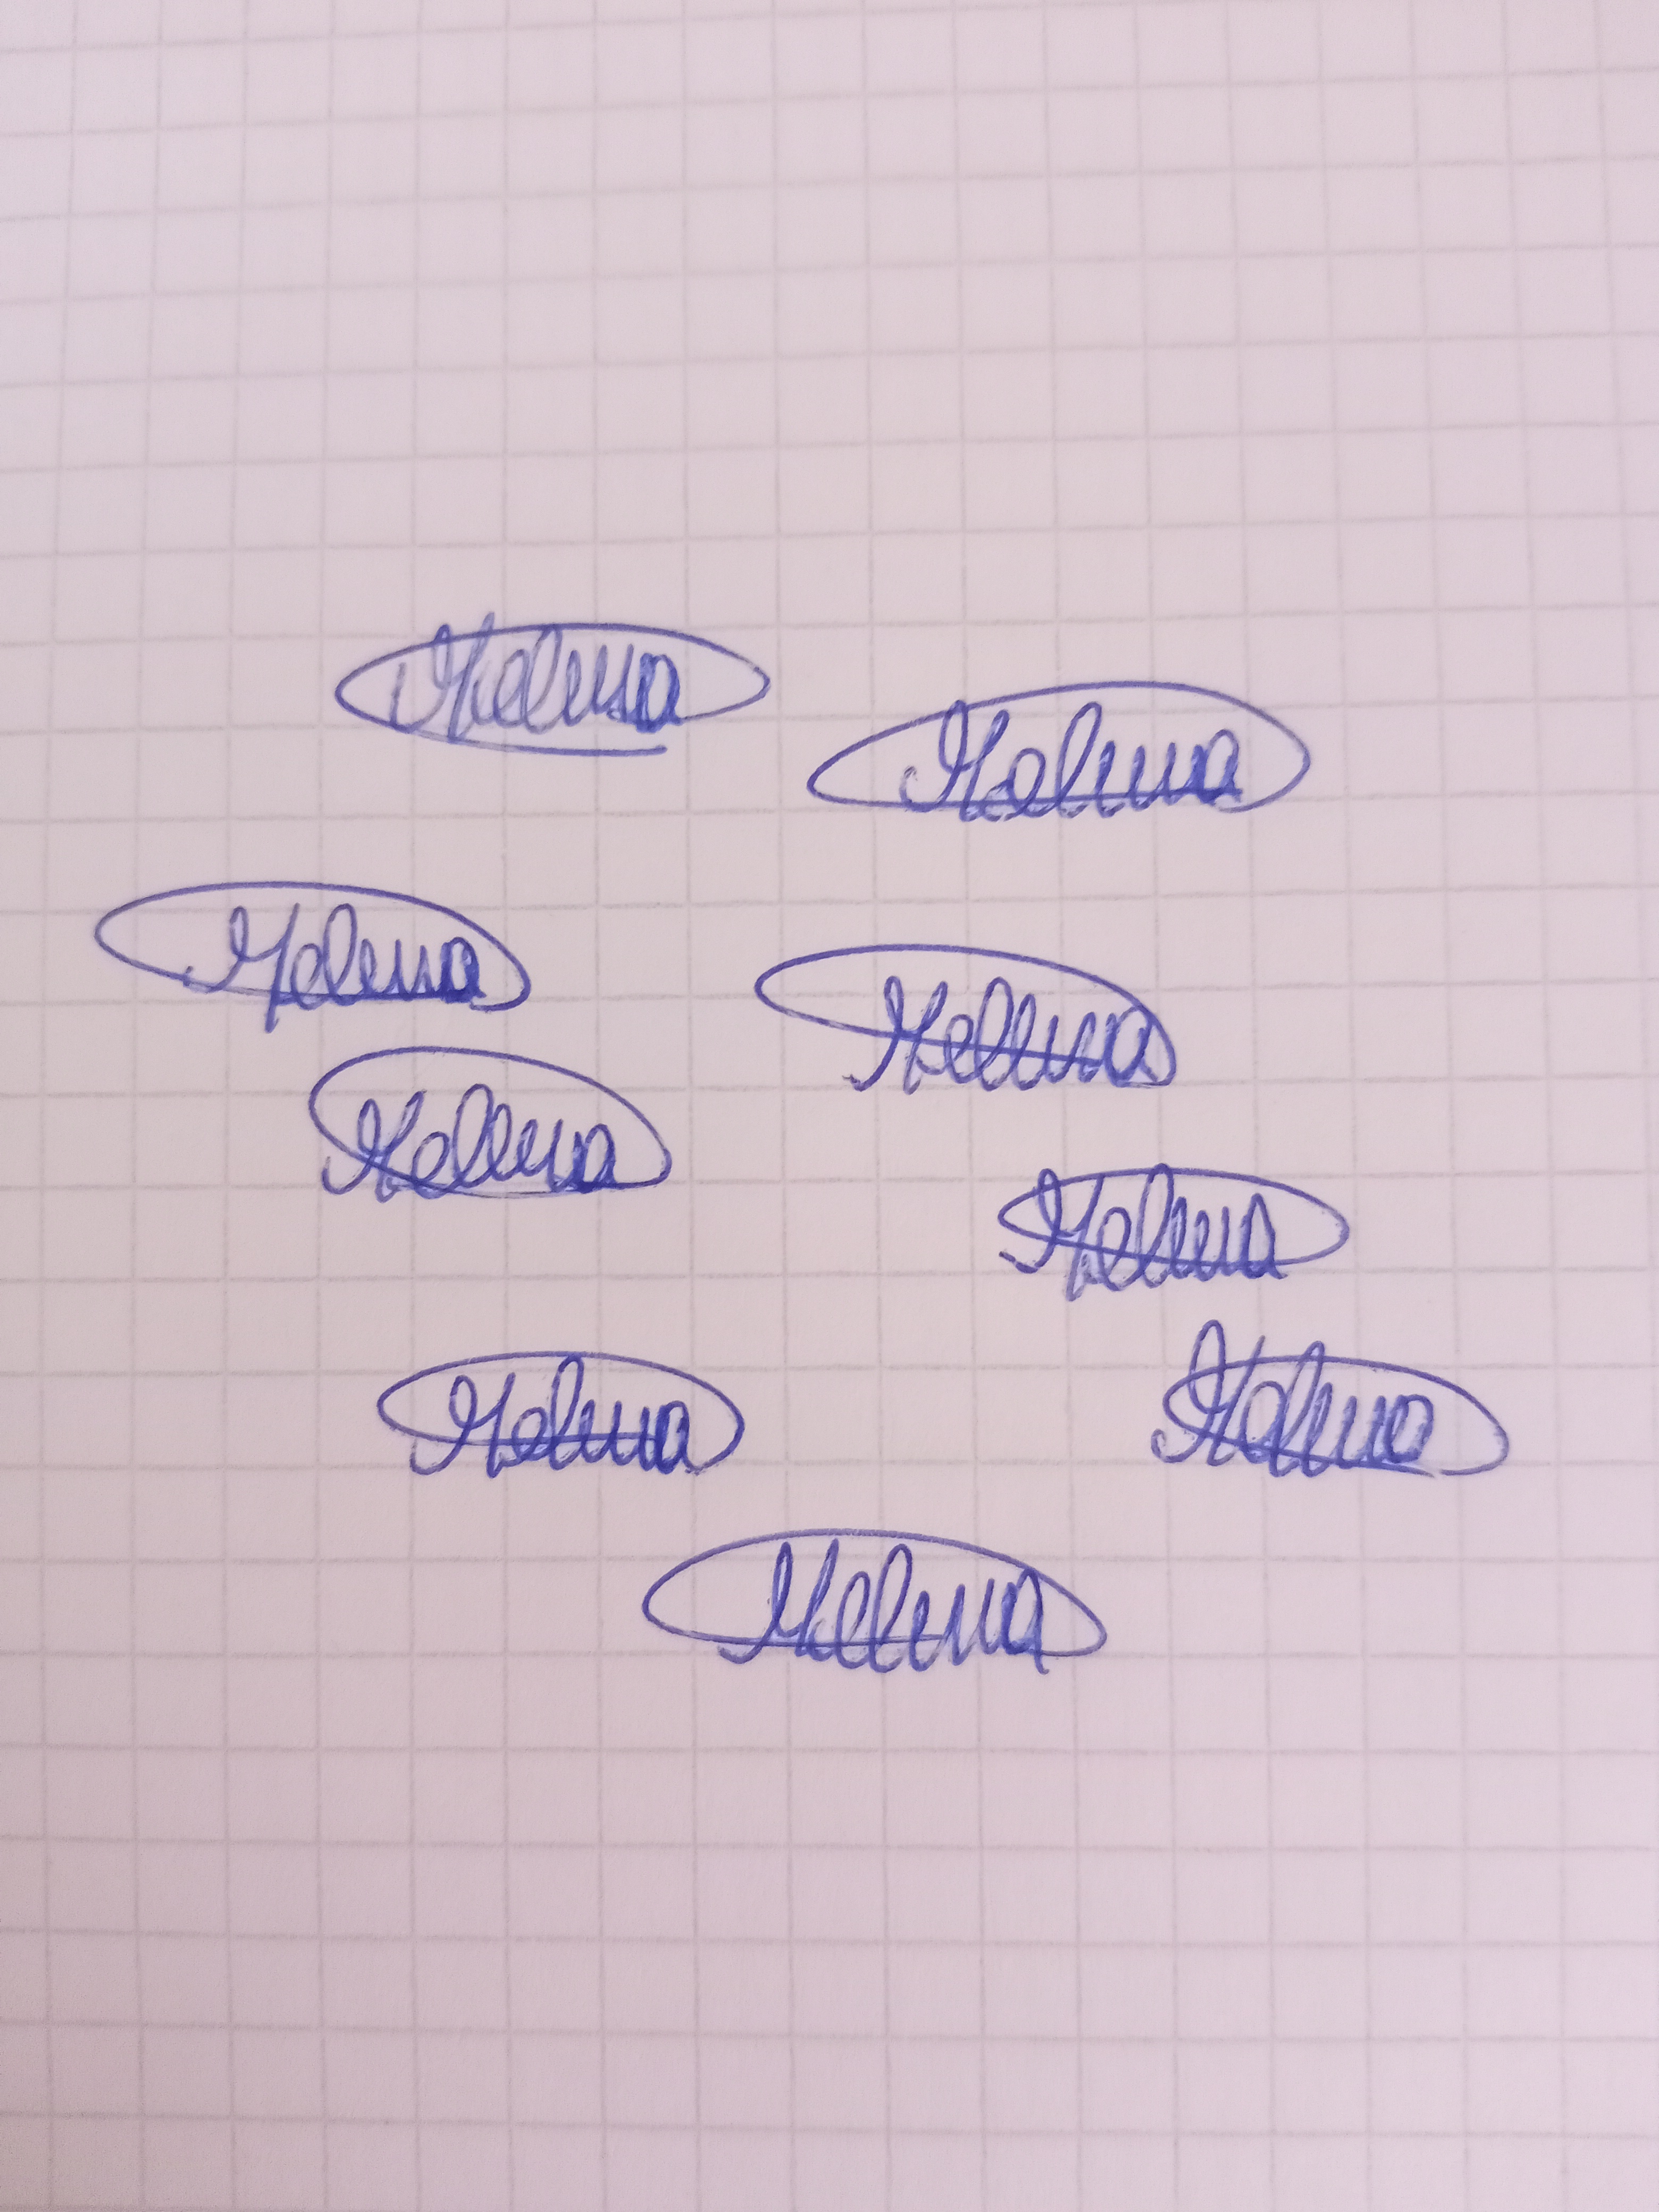
Signature authenticity: genuine